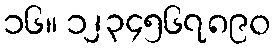
၁၆။ ၁၂၃၄၅၆၇၈၉၀